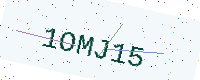
Text: 1OMJ15